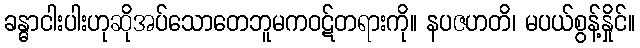
ခန္ဓာငါးပါးဟုဆိုအပ်သောတေဘူမကဝဋ်တရားကို။ နပဇဟတိ၊ မပယ်စွန့်နှိုင်။